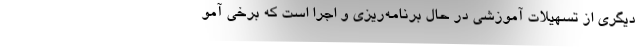
دیگری از تسهیلات آموزشی در حال برنامه‌ریزی و اجرا است که برخی آمو